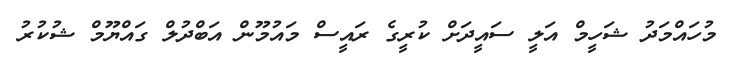
މުހައްމަދު ޝަހީމް އަލީ ސައީދަށް ކުރީގެ ރައީސް މައުމޫން އަބްދުލް ގައްޔޫމް ޝުކުރު